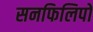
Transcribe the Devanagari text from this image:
सनफिलिपो